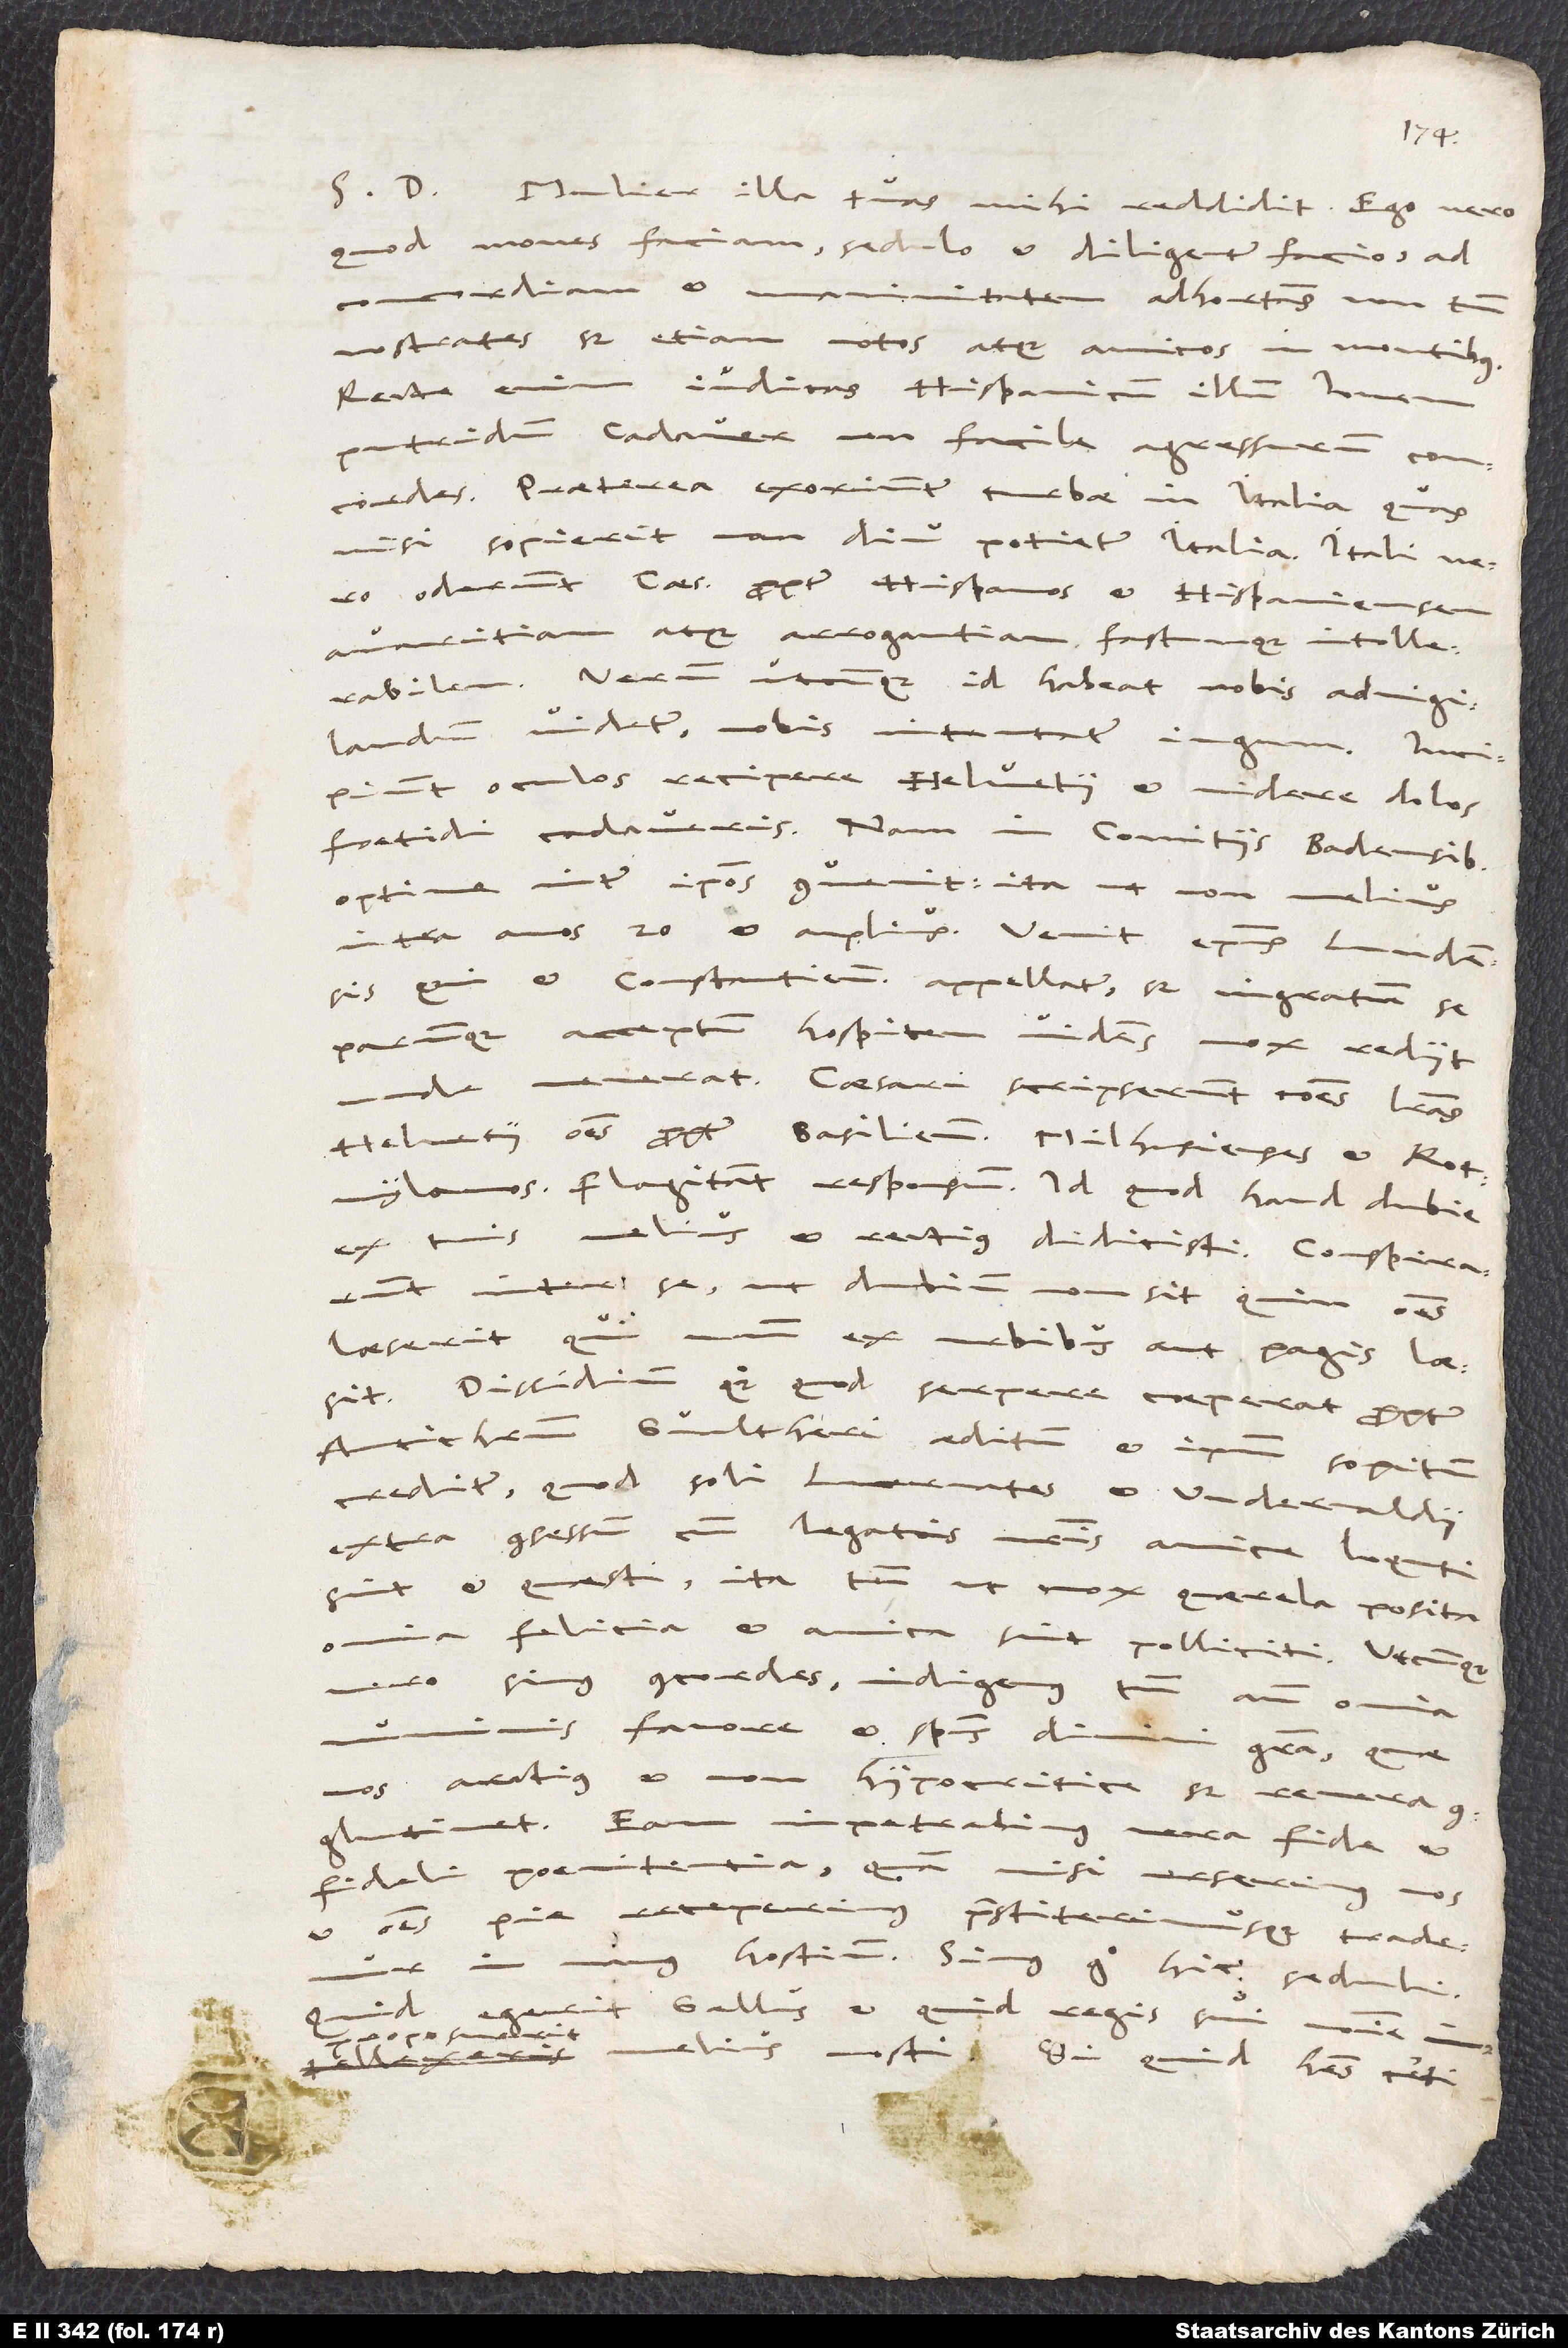
S. D. Mulier illa tuas mihi reddidit. Ego vero,
quod mones faciam, sedulo et diligenter facio ad
concordiam et unanimitatem adhortans non tantum
nostrates, sed etiam notos atque amicos in montibus.
Recte enim iudicas Hispanicum illum Iovem,
putridum cadaver, non facile agressurum concordes.
Praeterea exoriuntur turbae in Italia, quas
nisi sopierit, non diu potietur Italia: Itali vero
oderunt caesarem propter Hispanos et Hispaniensem
avaritiam atque arrogantiam fastumque intollerabilem.
Verum, utcunque id habeat, nobis advigilandum
videtur: Nobis intentatur iugum! Incipiunt
oculos recipere Helvetii et videre dolos
foetidi cadaveris. Nam in comitiis Badensibus
optime inter ipsos convenit, ita ut non melius
qui et Constantiensis appellatur, sed ingratum se
parumque acceptum hospitem videns mox rediit,
Helvetii omnes propter Basilienses, Milhusienses et Rotwylanos.
Flagitant responsum, id quod haud dubie
ex tuis melius et rectius didicisti. Conspirarunt
inter se, ut dubium non sit, quin omnes
laeserit, qui unum ex urbibus aut pagis laesit.
Dissidium quoque, quod serpere coeperat propter
Antichristum Gvaltheri aeditum, et ipsum sopitum
creditur, quod soli Lucernates et Undervaldii
extra consessum cum legatis nostris amice loquti
sint et quaesti, ita tamen ut mox quaerela posita
felicia et amica sint polliciti. Utcunque
vero simus concordes, indigemus tamen ante omnia
favore et spiritus divini gratia, quae
nos arctius et non hypocritice, sed revera
conglutinet. Eam impetrabimus vera fide et
fideli poenitentia, quam nisi urserimus nos
et omnes pie receperimus praestiterimusque, trademur
in manus hostium. Simus ergo hic seduli!
Quid egerit Gallus et quid regis sui nomine
proposuerit,